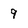
Character: 9